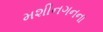
મશીનગનના